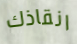
انقاذك